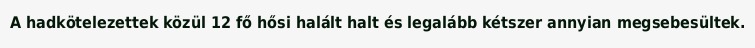
A hadkötelezettek közül 12 fő hősi halált halt és legalább kétszer annyian megsebesültek.